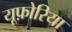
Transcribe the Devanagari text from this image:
यूफ़ोरिया